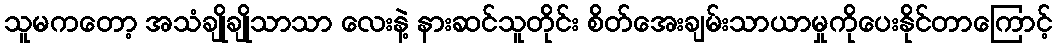
သူမကတော့ အသံချိုချိုသာသာ လေးနဲ့ နားဆင်သူတိုင်း စိတ်အေးချမ်းသာယာမှုကိုပေးနိုင်တာကြောင့်